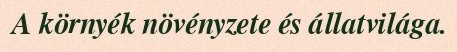
A környék növényzete és állatvilága.